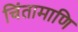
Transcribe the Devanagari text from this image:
चिंतामाणि